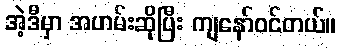
အဲ့ဒီမှာ အဟမ်းဆိုပြီး ကျနော်ဝင်တယ်။